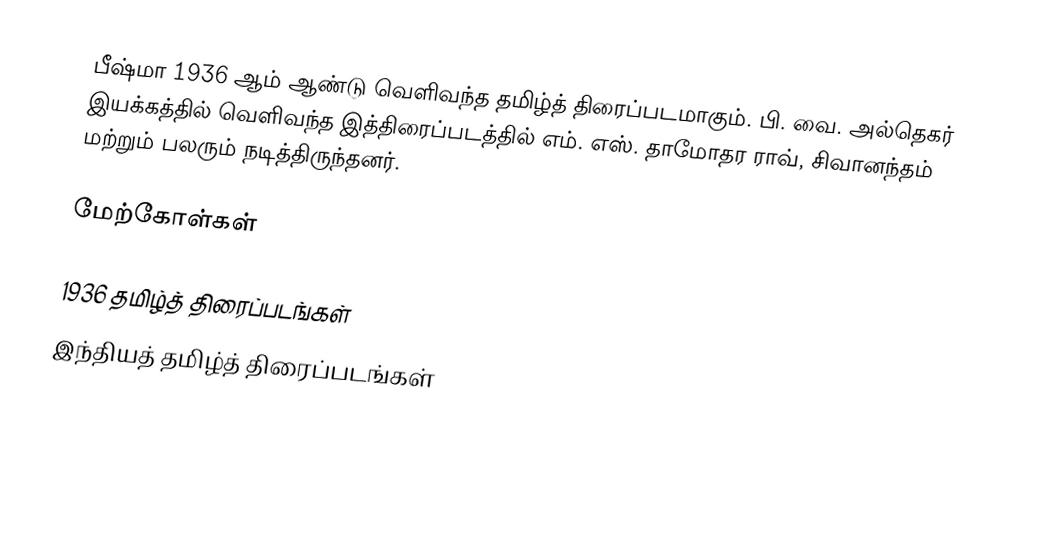
பீஷ்மா 1936 ஆம் ஆண்டு வெளிவந்த தமிழ்த் திரைப்படமாகும். பி. வை. அல்தெகர் இயக்கத்தில் வெளிவந்த இத்திரைப்படத்தில் எம். எஸ். தாமோதர ராவ், சிவானந்தம் மற்றும் பலரும் நடித்திருந்தனர்.

மேற்கோள்கள்

1936 தமிழ்த் திரைப்படங்கள்
இந்தியத் தமிழ்த் திரைப்படங்கள்